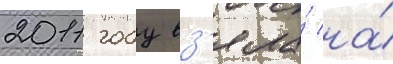
2011 году вз'яла́ на́